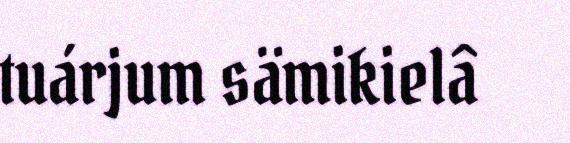
tuárjum sämikielâ